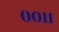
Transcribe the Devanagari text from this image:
००११